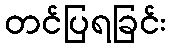
တင်ပြရခြင်း